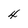
Character: 4